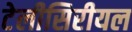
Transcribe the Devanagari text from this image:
टेलीसिरीयल